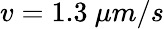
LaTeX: v=1.3~\mu m/s